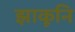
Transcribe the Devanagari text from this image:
झाकूनि